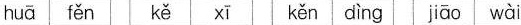
huā fěn kě xī kěn dìng jiāo wài